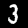
Digit: 3